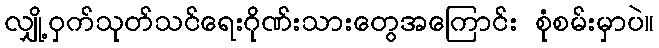
လျှို့ဝှက်သုတ်သင်ရေးဂိုဏ်းသားတွေအကြောင်း စုံစမ်းမှာပဲ။